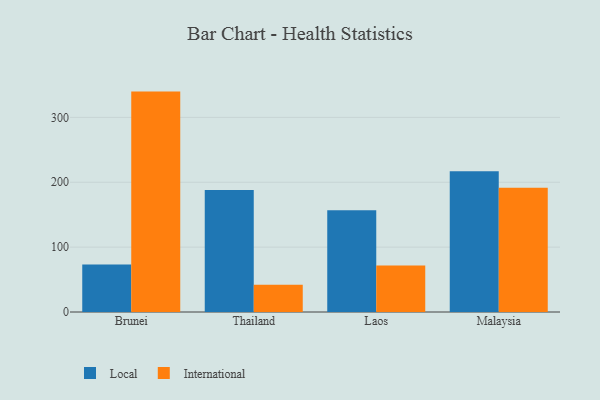
{"axis": {"x": "Country", "y": "Temperature (°C)"}, "legend": ["International", "Local"], "data": [{"x": "Brunei", "y": 73.3, "type": "Local"}, {"x": "Brunei", "y": 339.8, "type": "International"}, {"x": "Thailand", "y": 188.1, "type": "Local"}, {"x": "Thailand", "y": 41.9, "type": "International"}, {"x": "Laos", "y": 156.8, "type": "Local"}, {"x": "Laos", "y": 71.6, "type": "International"}, {"x": "Malaysia", "y": 216.9, "type": "Local"}, {"x": "Malaysia", "y": 191.6, "type": "International"}]}